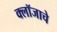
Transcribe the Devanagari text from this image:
क्लॉजाचे